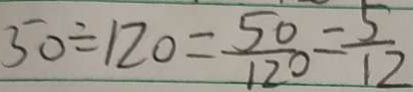
5 0 \div 1 2 0 = \frac { 5 0 } { 1 2 0 } = \frac { 5 } { 1 2 }